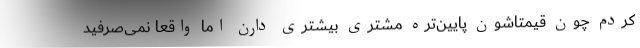
کردم چون قیمتاشون پایین‌تره مشتری بیشتری دارن اما واقعا نمی‌صرفید